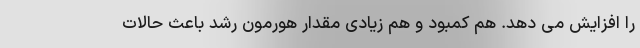
را افزایش می دهد. هم کمبود و هم زیادی مقدار هورمون رشد باعث حالات